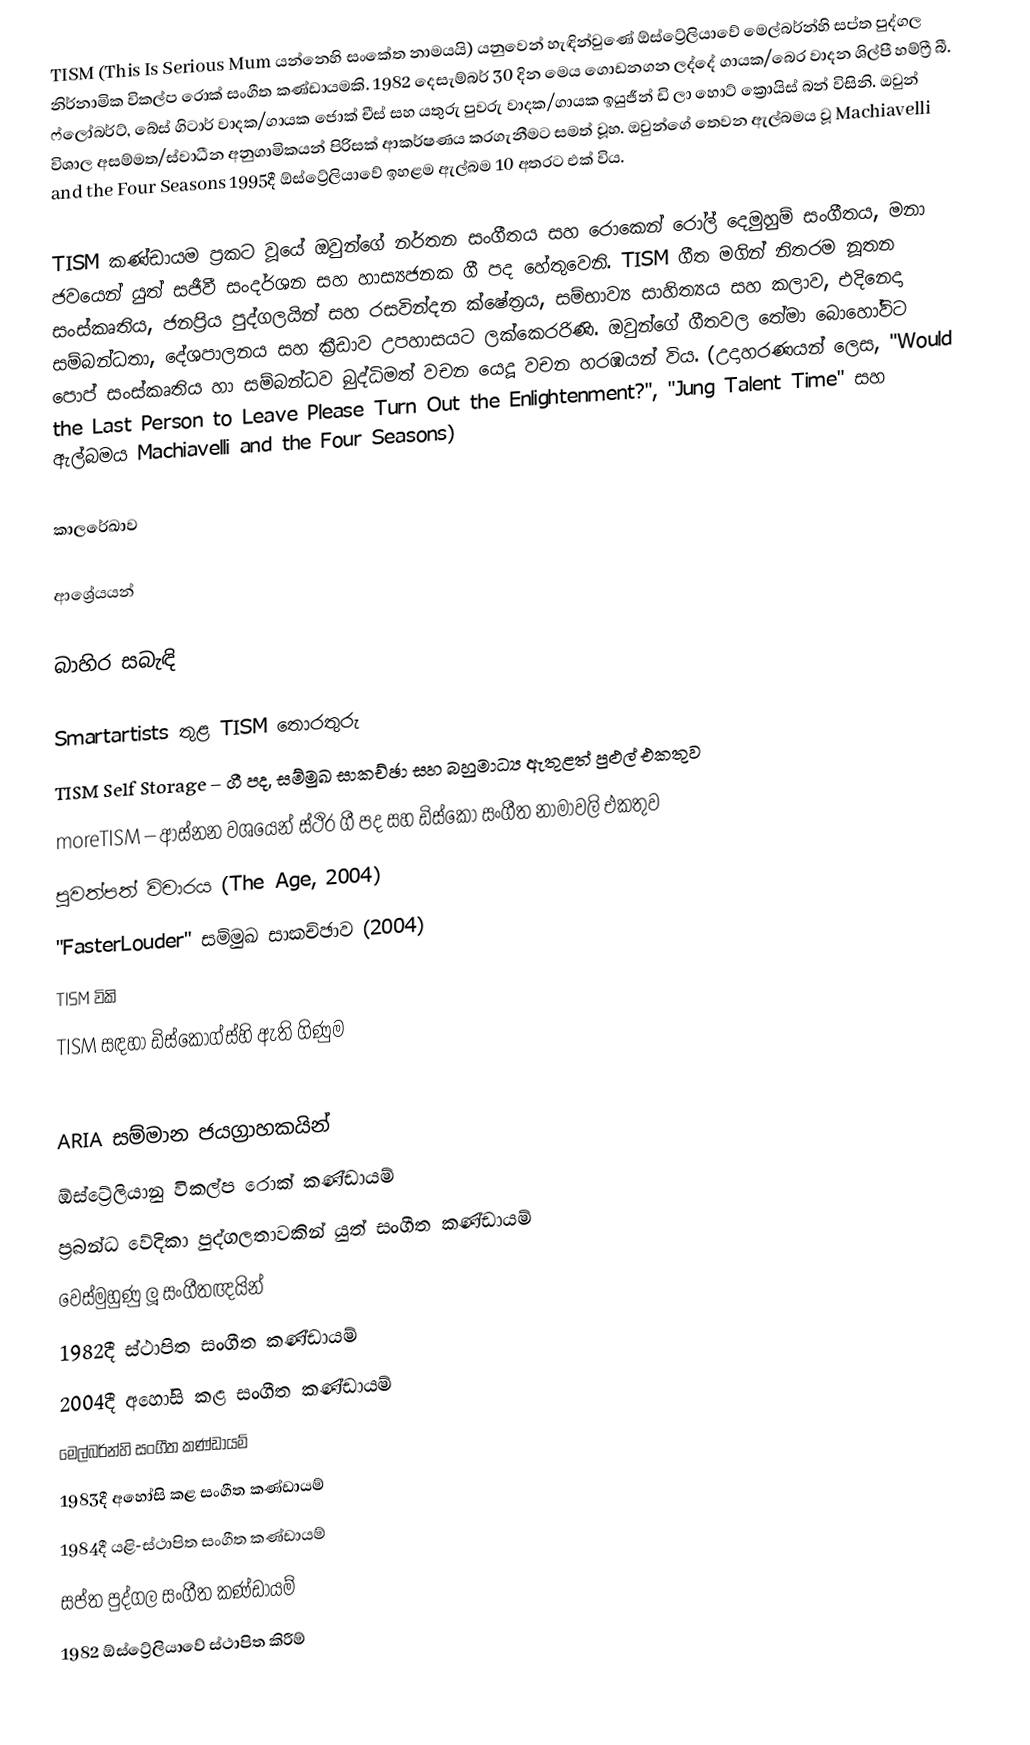
TISM (This Is Serious Mum යන්නෙහි සංකේත නාමයයි) යනුවෙන් හැඳින්වුණේ ඕස්ට්‍රේලියාවේ මෙල්බර්න්හි සප්ත පුද්ගල නිර්නාමික විකල්ප රොක් සංගීත කණ්ඩායමකි. 1982 දෙසැම්බර් 30 දින මෙය ගොඩනගන ලද්දේ ගායක/බෙර වාදන ශිල්පී හම්ෆ්‍රී බී. ෆ්ලෝබර්ට්, බේස් ගිටාර් වාදක/ගායක ජොක් චීස් සහ යතුරු පුවරු වාදක/ගායක ඉයුජීන් ඩි ලා හොට් ක්‍රොයිස් බන් විසිනි. ඔවුන් විශාල අසම්මත/ස්වාධීන අනුගාමිකයන් පිරිසක් ආකර්ෂණය කරගැනීමට සමත් වූහ. ඔවුන්ගේ තෙවන ඇල්බමය වූ Machiavelli and the Four Seasons 1995දී ඕස්ට්‍රේලියාවේ ඉහළම ඇල්බම 10 අතරට එක් විය.

TISM කණ්ඩායම ප්‍රකට වූයේ ඔවුන්ගේ නර්තන සංගීතය සහ රොකෙන් රෝල් දෙමුහුම් සංගීතය, මනා ජවයෙන් යුත් සජීවී සංදර්ශන සහ හාස්‍යජනක ගී පද හේතුවෙනි. TISM ගීත මගින් නිතරම නූතන සංස්කෘතිය, ජනප්‍රිය පුද්ගලයින් සහ රසවින්දන ක්ෂේත්‍රය, සම්භාව්‍ය සාහිත්‍යය සහ කලාව, එදිනෙදා සම්බන්ධතා, දේශපාලනය සහ ක්‍රීඩාව උපහාසයට ලක්කෙරරිණි‍. ඔවුන්ගේ ගීතවල තේමා බොහෝවිට පොප් සංස්කෘතිය හා සම්බන්ධව බුද්ධිමත් වචන යෙදූ වචන හරඹයන් විය. (උදාහරණයන් ලෙස, "Would the Last Person to Leave Please Turn Out the Enlightenment?", "Jung Talent Time" සහ ඇල්බමය Machiavelli and the Four Seasons)

කාලරේඛාව

ආශ්‍රේයයන්

බාහිර සබැඳි

Smartartists තුළ TISM තොරතුරු
TISM Self Storage – ගී පද, සම්මුඛ සාකච්ඡා සහ බහුමාධ්‍ය ඇතුළත් පුළුල් එකතුව
moreTISM – ආස්නන වශයෙන් ස්ථිර ගී පද සහ ඩිස්කෝ සංගීත නාමාවලි එකතුව
පුවත්පත් විචාරය (The Age, 2004)
"FasterLouder" සම්මුඛ සාකච්ඡාව (2004)
TISM විකි
TISM සඳහා ඩිස්කොග්ස්හි ඇති ගිණුම

ARIA සම්මාන ජයග්‍රාහකයින්
ඕස්ට්‍රේලියානු විකල්ප රොක් කණ්ඩායම්
ප්‍රබන්ධ වේදිකා පුද්ගලතාවකින් යුත් සංගීත කණ්ඩායම්
වෙස්මුහුණු ලූ සංගීතඥයින්
1982දී ස්ථාපිත සංගීත කණ්ඩායම්
2004දී අහෝසි කළ සංගීත කණ්ඩායම්
මෙල්බර්න්හි සංගීත කණ්ඩායම්
1983දී අහෝසි කළ සංගීත කණ්ඩායම්
1984දී යළි-ස්ථාපිත සංගීත කණ්ඩායම්
සප්ත පුද්ගල සංගීත කණ්ඩායම්
1982 ඕස්ට්‍රේලියාවේ ස්ථාපිත කිරීම්